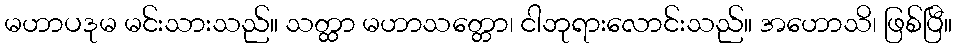
မဟာပဒုမ မင်းသားသည်။ သတ္ထာ မဟာသတ္တော၊ ငါဘုရားလောင်းသည်။ အဟောသိ၊ ဖြစ်ပြီ။